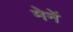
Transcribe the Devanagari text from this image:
मेनें